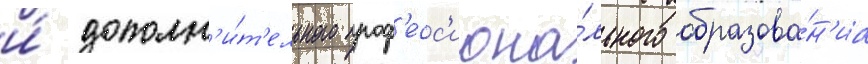
и́ дополн'и́т'ельного проф'есс'иона́льного образова́н'иа